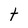
Character: t